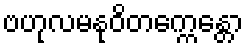
ဗဟုလမနုဝိတက္ကေန္တော